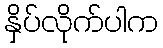
နှိပ်လိုက်ပါက